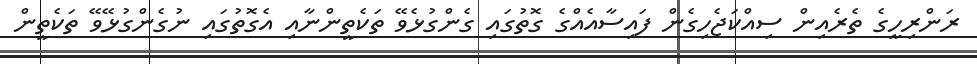
ރަންރިހީގެ ތެރެއިން ސިއްކަޖެހިގެން ފައިސާއެއްގެ ގޮތުގައި ގެންގުޅެވޭ ތަކެތީންނާއި އެގޮތުގައި ނުގެންގުޅޭވޭ ތަކެތީން